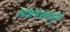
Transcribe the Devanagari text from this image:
आक्रमकतेमुळे